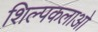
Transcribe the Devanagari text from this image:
शिल्‍पकलाओ